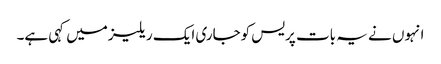
انہوں نے یہ بات پریس کوجاری ایک ریلیزمیں کہی ہے۔